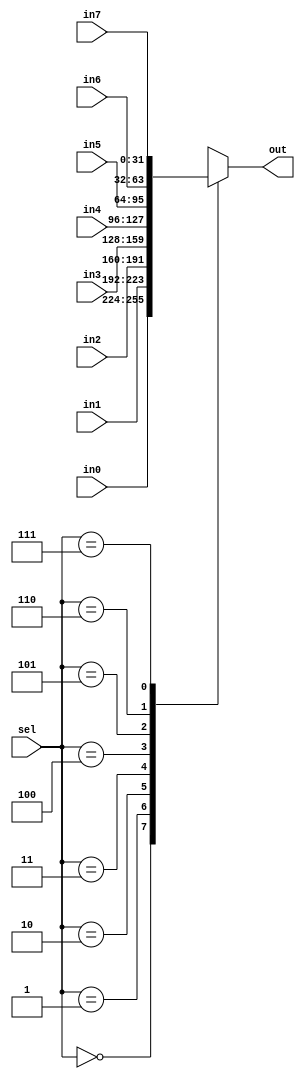
module Mux8 #(parameter WIDTH = 32)(
input[2:0]sel,
input[(WIDTH-1):0] in0,in1,in2,in3,in4,in5,in6,in7,
output reg [(WIDTH-1):0] out
);

always@(*)
	begin
		case(sel)
		3'b0000:out=in0;
		3'b0001:out=in1;
		3'b0010:out=in2;
		3'b0011:out=in3;
		3'b0100:out=in4;
		3'b0101:out=in5;
		3'b0110:out=in6;
		3'b0111:out=in7;
		endcase
end

endmodule